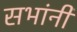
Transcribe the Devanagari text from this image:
सभांनी